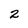
Character: 2